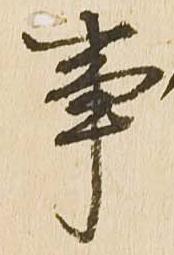
事